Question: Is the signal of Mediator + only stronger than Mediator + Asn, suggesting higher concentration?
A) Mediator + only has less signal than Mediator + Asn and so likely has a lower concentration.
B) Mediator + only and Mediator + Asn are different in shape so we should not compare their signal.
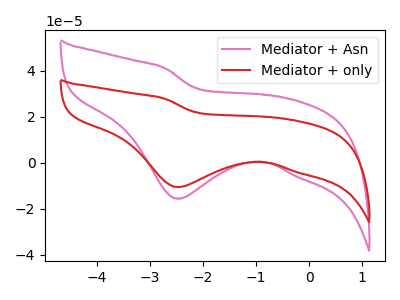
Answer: <think>The pink curve "Mediator + Asn" has a cathodic peak at: (-2.50V, -15.70uA). The red curve "Mediator + only" has a cathodic peak at: (-2.50V, -10.60uA).
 All the peaks in "Mediator + only" have a peak in "Mediator + Asn" at the same potential. Every peak in "Mediator + only" is lower than every peak in "Mediator + Asn".</think>
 <answer>A) "Mediator + only" has less signal than "Mediator + Asn" and so likely has a lower concentration.</answer>
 <eval>A</eval>